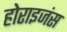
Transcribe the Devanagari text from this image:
होराइजंस